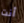
أنت